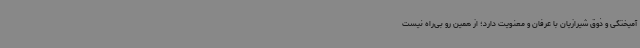
آمیختگی و ذوق شیرازیان با عرفان و معنویت دارد؛ از همین رو بی‌راه نیست